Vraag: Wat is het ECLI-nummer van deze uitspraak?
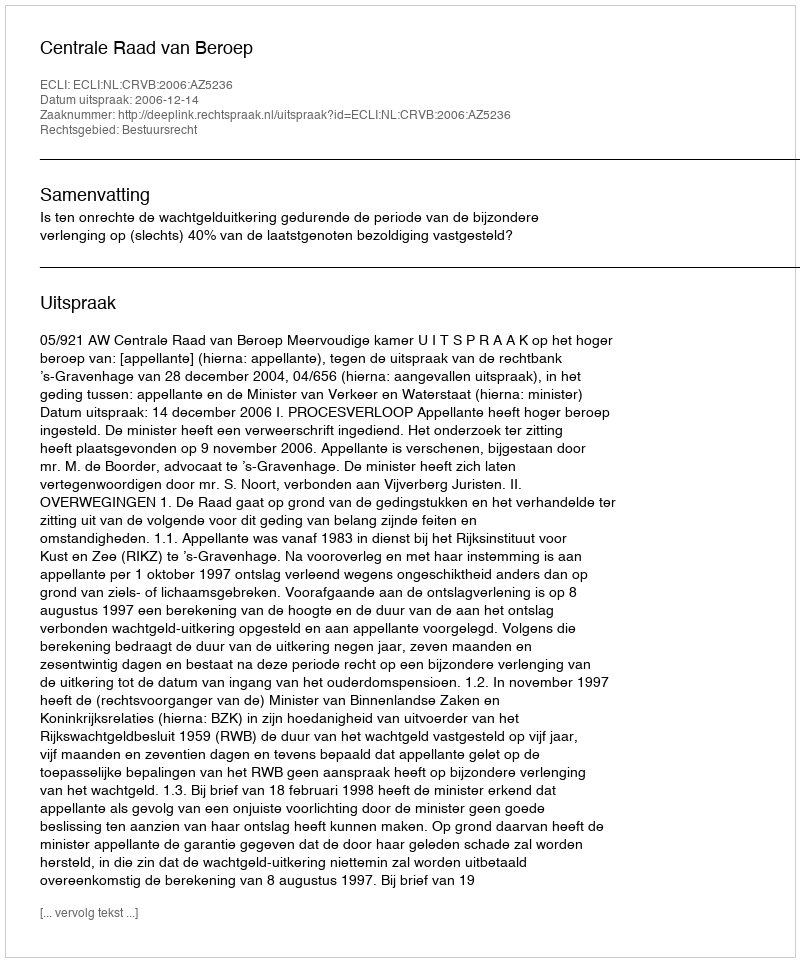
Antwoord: ECLI:NL:CRVB:2006:AZ5236